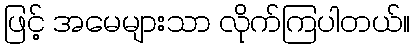
ဖြင့် အမေများသာ လိုက်ကြပါတယ်။